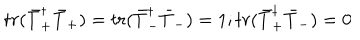
LaTeX: t r ( \bar { T } _ { + } ^ { \dagger } \bar { T } _ { + } ) = t r ( \bar { T } _ { - } ^ { \dagger } \bar { T } _ { - } ) = 1 ; t r ( \bar { T } _ { + } ^ { \dagger } \bar { T } _ { - } ) = 0